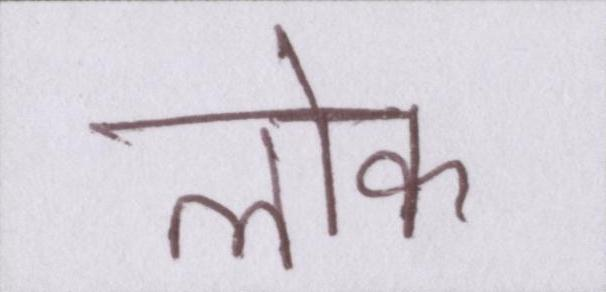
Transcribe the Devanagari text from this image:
लॊक